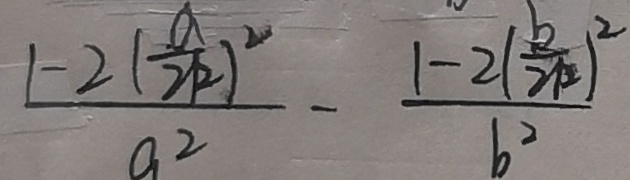
\frac { 1 - 2 ( \frac { a } { 2 k } ) ^ { 2 } } { a ^ { 2 } } - \frac { 1 - 2 ( \frac { k } { 2 k } ) ^ { 2 } } { b ^ { 2 } }